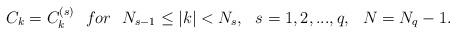
LaTeX: \begin{align*} C_k=C_k^{(s)} \ \ for\ \ N_{s-1}\leq |k|<N_s,\ \ s=1,2,...,q, \ \ N=N_q-1.\end{align*}